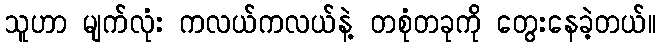
သူဟာ မျက်လုံး ကလယ်ကလယ်နဲ့ တစုံတခုကို တွေးနေခဲ့တယ်။